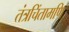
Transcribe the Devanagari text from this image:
तंत्रचिंतामणि